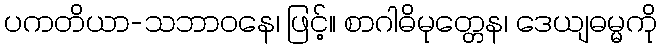
ပကတိယာ-သဘာဝနေ၊ ဖြင့်။ စာဂါဓိမုတ္တေန၊ ဒေယျဓမ္မကို